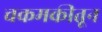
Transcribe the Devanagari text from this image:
चकमकीतून